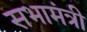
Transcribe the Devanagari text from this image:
सभामंत्री